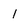
Character: 1